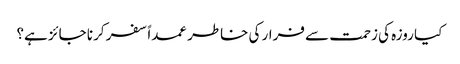
کیا روزہ کی زحمت سے فرار کی خاطر عمداً سفر کرنا جائز ہے؟